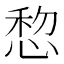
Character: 㥎